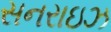
સનરાઇઝ